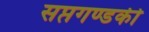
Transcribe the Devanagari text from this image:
सप्तगण्डकी